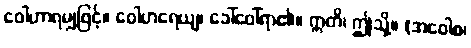
ဝေါဟာရမျှဖြင့်။ ဝေါဟရေယျ၊ ခေါ်ဝေါ်ရာ၏။ ဣတိ၊ ဤသို့။ (အဝေါစ၊